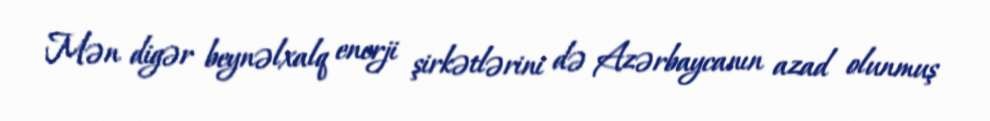
Mən digər beynəlxalq enerji şirkətlərini də Azərbaycanın azad olunmuş